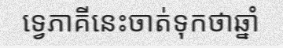
ទ្វេភាគីនេះចាត់ទុកថាឆ្នាំ